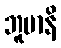
ဘူမာနိ